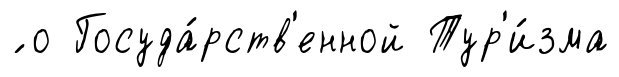
́ о Госуда́рств'енной Тур'и́зма